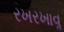
રખરખાવૢ